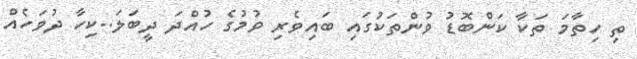
ތި ހިތާމަ ތަކާ ކަންބޮޑު ވުންތަކުގައި ބައިވެރި ވުމުގެ ހުއްދަ ދީބަލަ..ކިހާ ދުވަހެއް